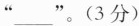
”___”。(3分)